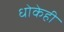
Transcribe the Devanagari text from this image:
धोकेही